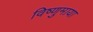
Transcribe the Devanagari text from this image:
विष्णुमाया